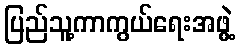
ပြည်သူ့ကာကွယ်ရေးအဖွဲ့